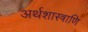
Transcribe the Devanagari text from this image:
अर्थशास्त्राणि